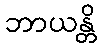
ဘာယန္တိ